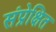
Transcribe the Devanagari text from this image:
संप्रेक्षित